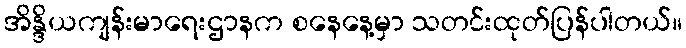
အိန္ဒိယကျန်းမာရေးဌာနက စနေနေ့မှာ သတင်းထုတ်ပြန်ပါတယ်။